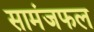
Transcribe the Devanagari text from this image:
सामंजफल